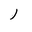
Letter: _ra